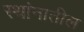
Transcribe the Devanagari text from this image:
स्थांनातील